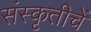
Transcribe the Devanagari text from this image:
संस्कृतीचें